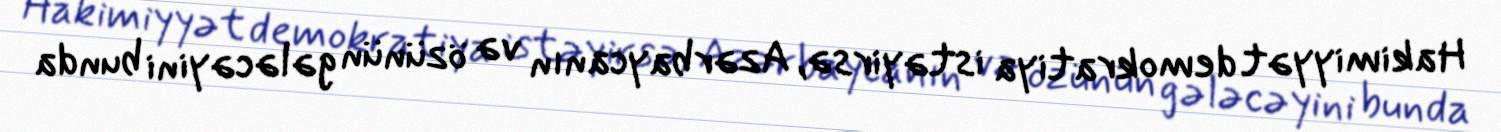
Hakimiyyət demokratiya istəyirsə, Azərbaycanın və özünün gələcəyini bunda